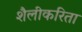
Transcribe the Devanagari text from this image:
शैलीकरिता